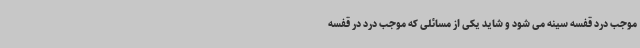
موجب درد قفسه سینه می شود و شاید یکی از مسائلی که موجب درد در قفسه